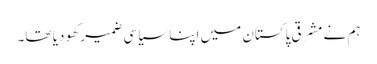
ہم نے مشرقی پاکستان میں اپنا سیاسی ضمیر کھو دیا تھا۔